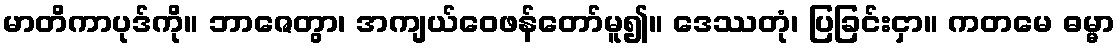
မာတိကာပုဒ်ကို။ ဘာဇေတွာ၊ အကျယ်ဝေဖန်တော်မူ၍။ ဒေဿတုံ၊ ပြခြင်းငှာ။ ကတမေ ဓမ္မာ